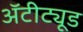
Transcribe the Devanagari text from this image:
अॅटीट्यूड